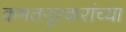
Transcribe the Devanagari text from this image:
कमतनूरकरांच्या